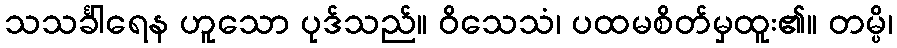
သသင်္ခါရေန ဟူသော ပုဒ်သည်။ ဝိသေသံ၊ ပထမစိတ်မှထူး၏။ တမ္ပိ၊